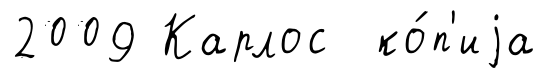
2009 Карлос ко́п'иjа